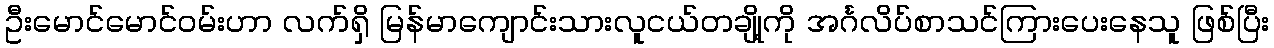
ဦးမောင်မောင်ဝမ်းဟာ လက်ရှိ မြန်မာကျောင်းသားလူငယ်တချို့ကို အင်္ဂလိပ်စာသင်ကြားပေးနေသူ ဖြစ်ပြီး